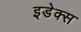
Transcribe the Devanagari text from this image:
इडेक्स